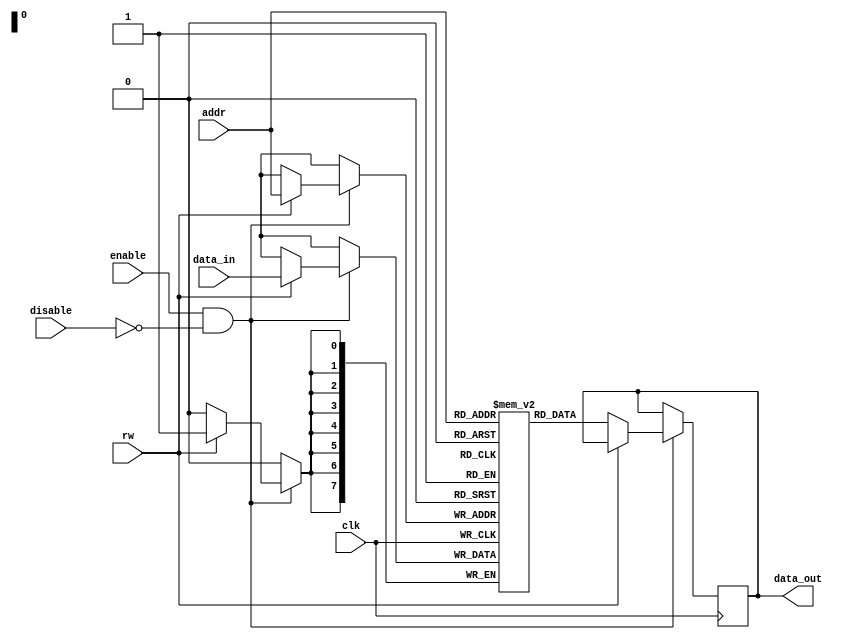
module memory_block(
    input wire clk,
    input wire enable,       // Block Enable signal
    input wire disable,      // Block Disable signal
    input wire rw,           // Read/Write control (1 for Write, 0 for Read)
    input wire [7:0] data_in, // Data input (valid during Write)
    input wire [7:0] addr,   // Address for memory access
    output reg [7:0] data_out // Data output (valid during Read)
);
    reg [7:0] memory [0:255]; // Memory array (256 x 8 bits)

    always @(posedge clk) begin
        if (enable && !disable) begin
            if (rw) begin // Write operation
                memory[addr] <= data_in;
            end else begin // Read operation
                data_out <= memory[addr];
            end
        end
    end
endmodule